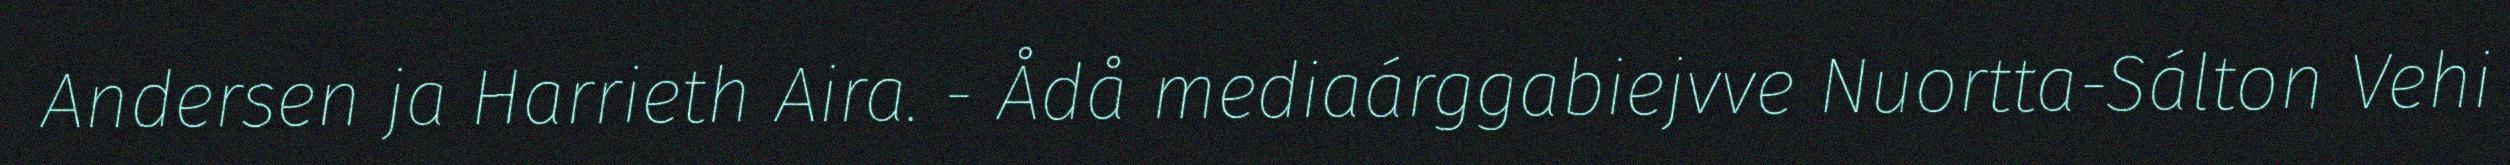
Andersen ja Harrieth Aira. - Ådå mediaárggabiejvve Nuortta-Sálton Vehi